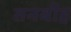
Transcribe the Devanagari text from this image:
तनबीह